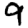
Digit: 9